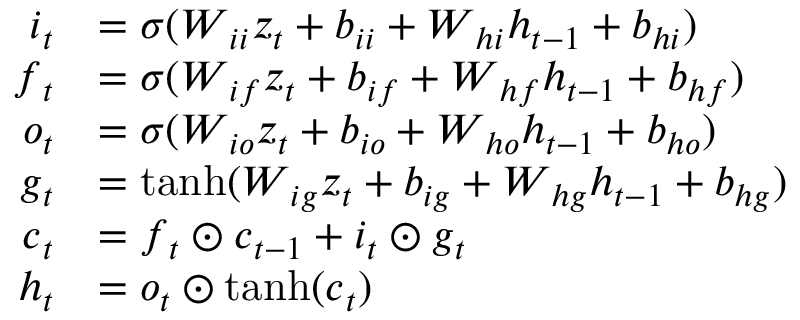
\begin{array} { r l } { \boldsymbol { i } _ { t } } & { = \sigma ( \boldsymbol { W } _ { i i } \boldsymbol { z } _ { t } + \boldsymbol { b } _ { i i } + \boldsymbol { W } _ { h i } \boldsymbol { h } _ { t - 1 } + \boldsymbol { b } _ { h i } ) } \\ { \boldsymbol { f } _ { t } } & { = \sigma ( \boldsymbol { W } _ { i f } \boldsymbol { z } _ { t } + \boldsymbol { b } _ { i f } + \boldsymbol { W } _ { h f } \boldsymbol { h } _ { t - 1 } + \boldsymbol { b } _ { h f } ) } \\ { \boldsymbol { o } _ { t } } & { = \sigma ( \boldsymbol { W } _ { i o } \boldsymbol { z } _ { t } + \boldsymbol { b } _ { i o } + \boldsymbol { W } _ { h o } \boldsymbol { h } _ { t - 1 } + \boldsymbol { b } _ { h o } ) } \\ { \boldsymbol { g } _ { t } } & { = \operatorname { t a n h } ( \boldsymbol { W } _ { i g } \boldsymbol { z } _ { t } + \boldsymbol { b } _ { i g } + \boldsymbol { W } _ { h g } \boldsymbol { h } _ { t - 1 } + \boldsymbol { b } _ { h g } ) } \\ { \boldsymbol { c } _ { t } } & { = \boldsymbol { f } _ { t } \odot \boldsymbol { c } _ { t - 1 } + \boldsymbol { i } _ { t } \odot \boldsymbol { g } _ { t } } \\ { \boldsymbol { h } _ { t } } & { = \boldsymbol { o } _ { t } \odot \operatorname { t a n h } ( \boldsymbol { c } _ { t } ) } \end{array}